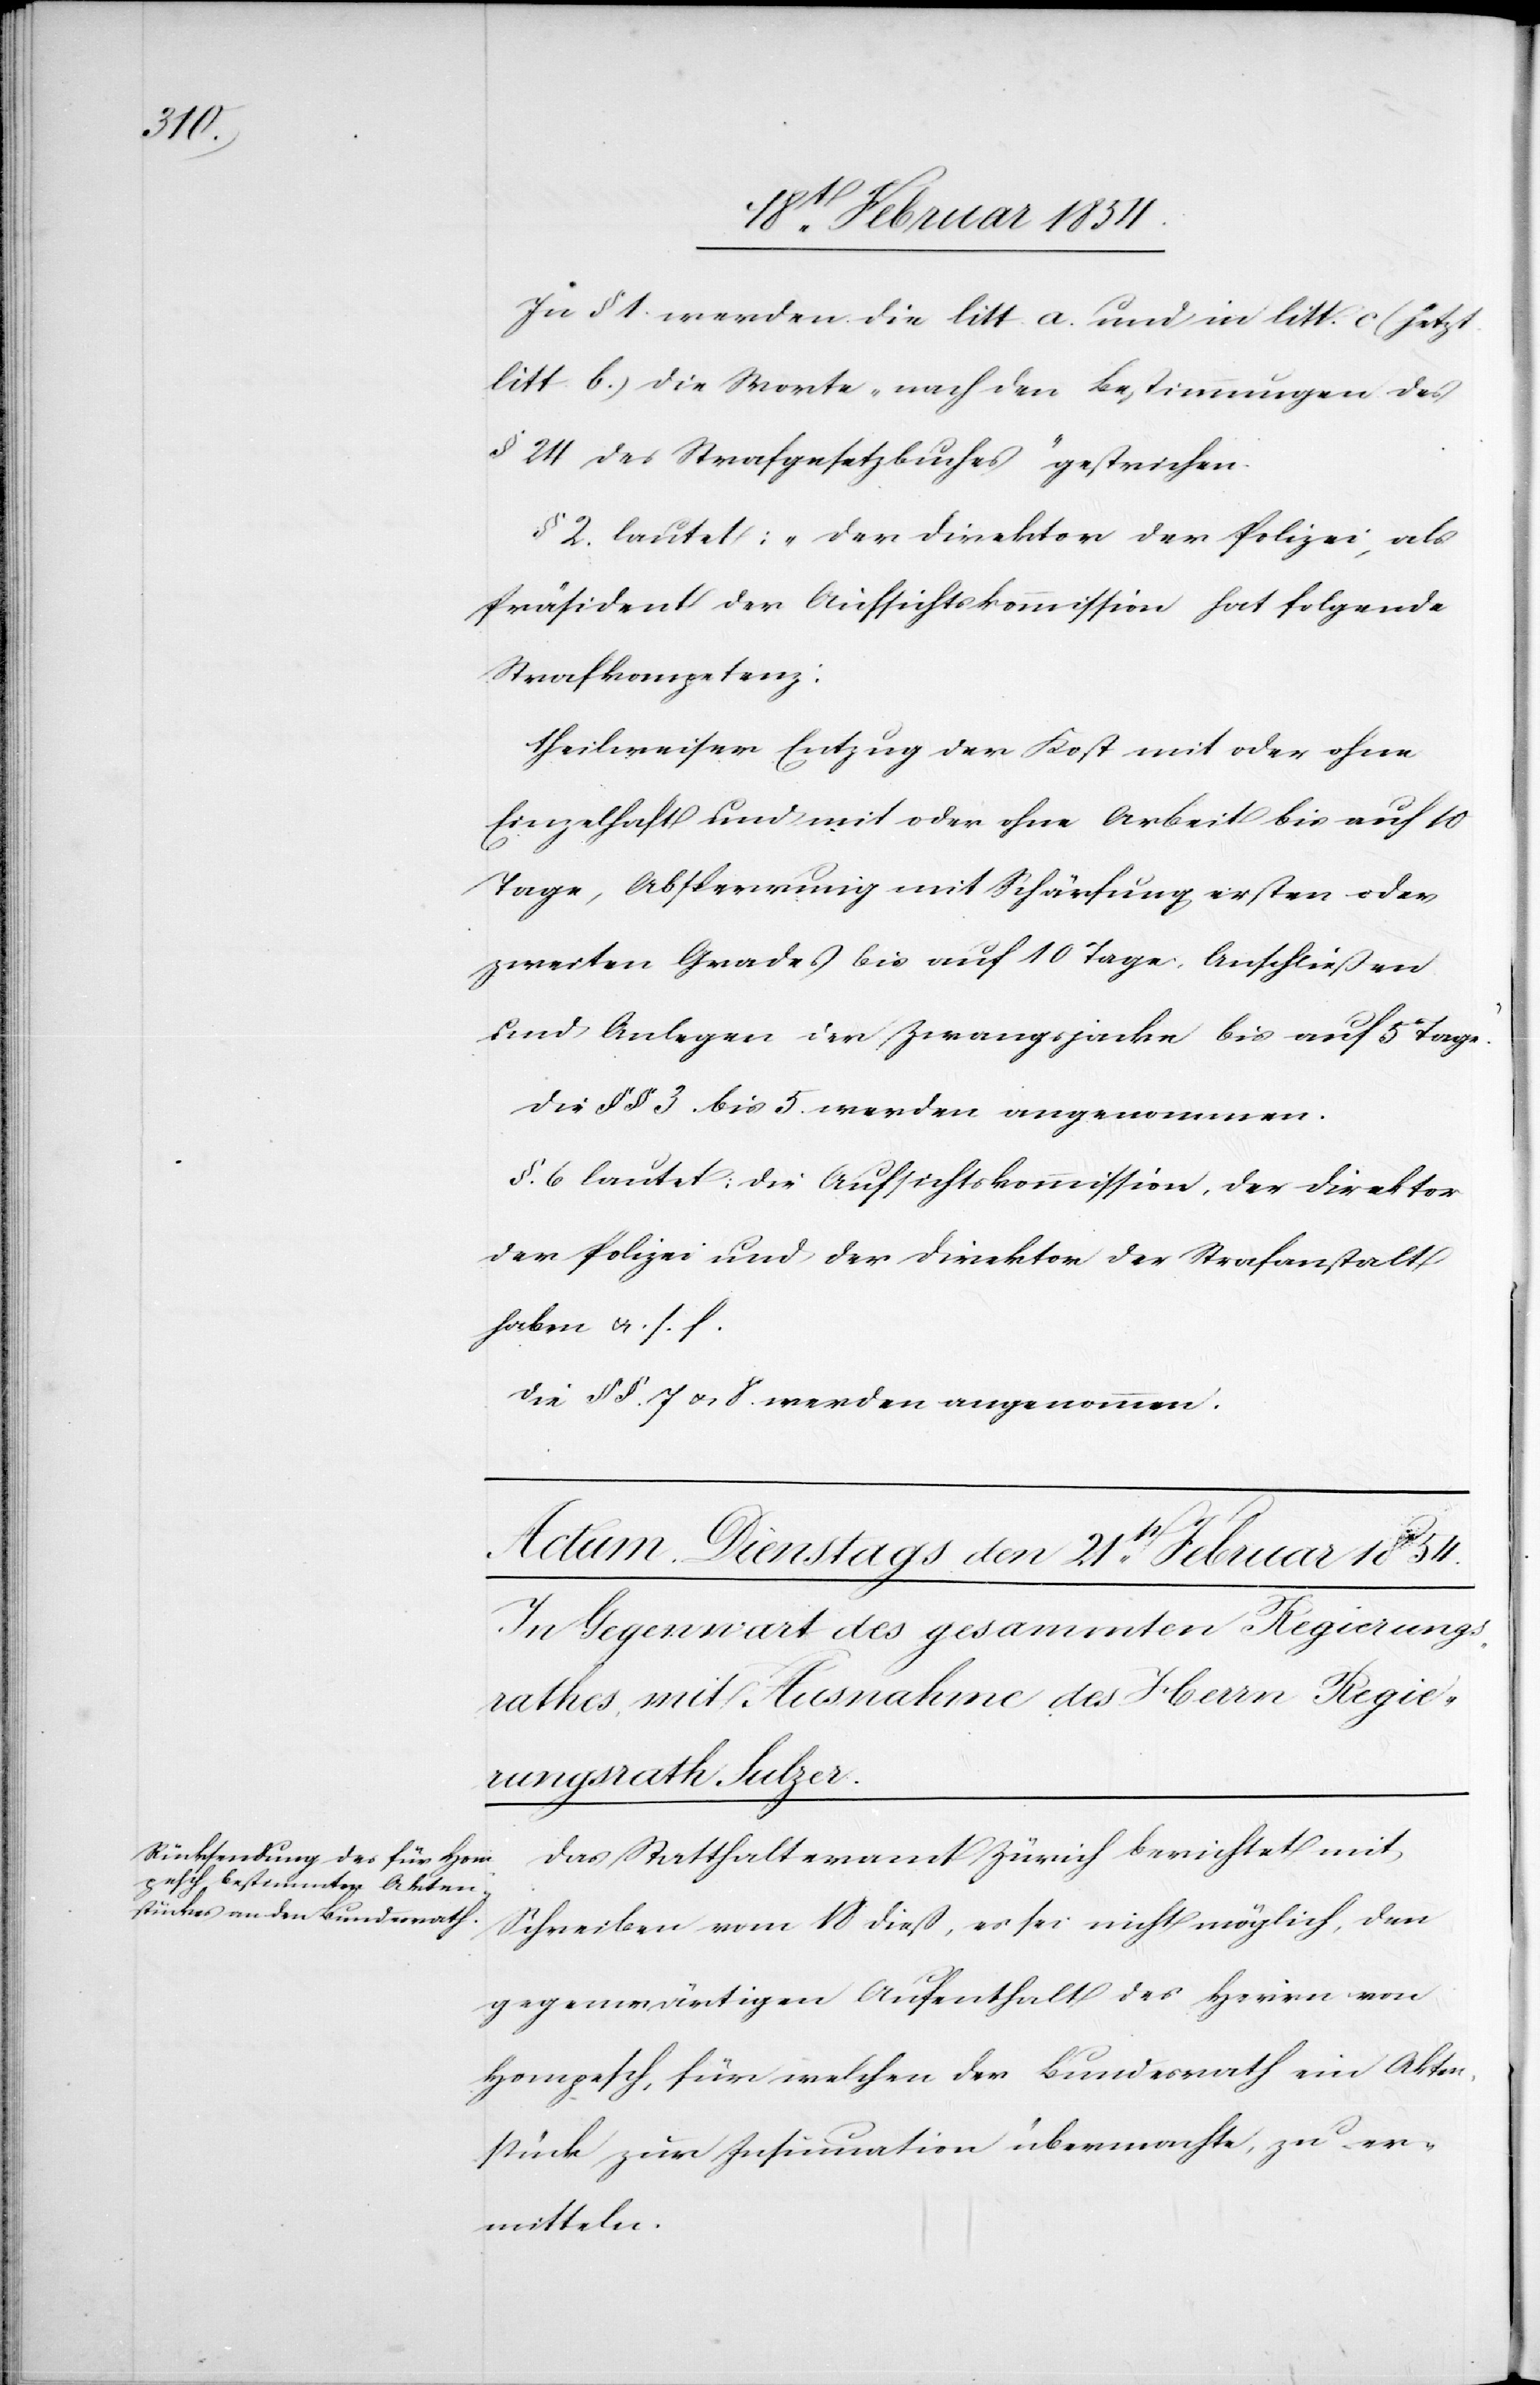
In § 1. werden die litt. a. und in litt. c (jetzt
litt. b.) die Worte „nach den Bestimmungen des
§ 24 des Strafgesetzbuches“ gestrichen.
§ 2. lautet: „Der Direktor der Polizei, als
Präsident der Aufsichtskommission hat folgende
Strafkompetenz:
theilweiser Entzug der Kost mit oder ohne
Einzelhaft und mit oder ohne Arbeit bis auf 10
Tage, Absperrung mit Schärfung ersten oder
zweiten Grades bis auf 10 Tage. Anschließen
und Anlegen der Zwangsjacke bis auf 5 Tage.“
Die §§ 3. bis 5. werden angenommen.
§. 6 lautet: Die Aufsichtskommission, der Direktor
der Polizei und der Direktor der Strafanstalt
haben u. s. f.
Die §§. 7 u. 8. werden angenommen.
Das Statthalteramt Zürich berichtet mit
Schreiben vom 18 dieß, es sei nicht möglich, den
gegenwärtigen Aufenthalt des Herrn von
Hompesch, für welchen der Bundesrath ein Akten¬
stück zur Insinuation übermachte, zu er¬
mitteln.